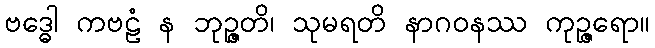
ဗဒ္ဓေါ ကဗဠံ န ဘုဉ္ဇတိ၊ သုမရတိ နာဂဝနဿ ကုဉ္ဇရော။